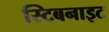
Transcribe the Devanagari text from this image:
स्टिबनाइट